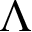
\Lambda